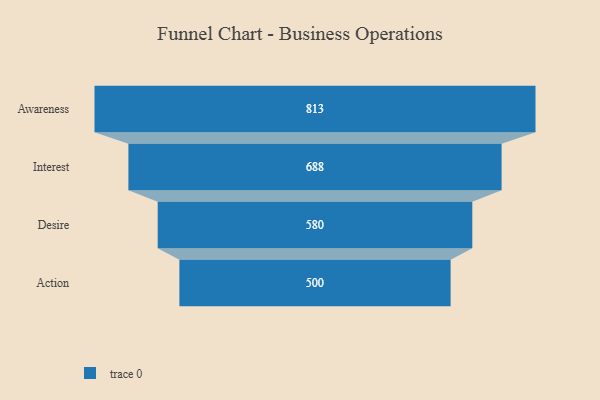
{"axis": {"x": "Stage", "y": "Value"}, "legend": [""], "data": [{"x": "Awareness", "y": 813.0, "type": ""}, {"x": "Interest", "y": 688.0, "type": ""}, {"x": "Desire", "y": 580.0, "type": ""}, {"x": "Action", "y": 500, "type": ""}]}